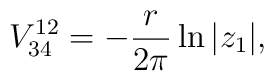
V_{34}^{12}=-{r \over 2\pi} \ln | z_1| ,